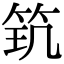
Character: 𥬶